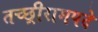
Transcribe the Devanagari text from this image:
तच्छ्रीरामपदे